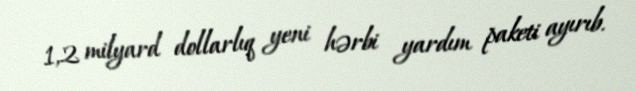
1,2 milyard dollarlıq yeni hərbi yardım paketi ayırıb.